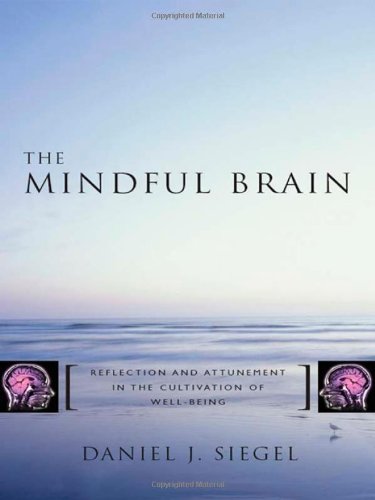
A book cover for The Mindful Brain: Reflection and Attunement in the Cultivation of Well-Being; Daniel J. Siegel M.D.; Medical Books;